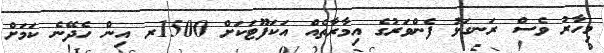
މިހާރު ވެސް ރަނގަޅު ފެންވަރުގެ އިމާރާތެއް އަކަފޫޓަކަށް 1500ރ އިން ހެދޭނެ ކަމަށް